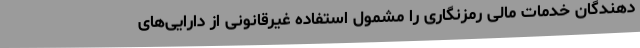
دهندگان خدمات مالی رمزنگاری را مشمول استفاده غیرقانونی از دارایی‌های